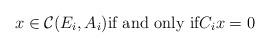
LaTeX: \begin{align*}x\in \mathcal{C}(E_i,A_i) \mbox{if and only if} C_ix = 0\end{align*}